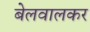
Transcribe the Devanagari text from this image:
बेलवालकर